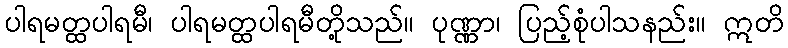
ပါရမတ္ထပါရမီ၊ ပါရမတ္ထပါရမီတို့သည်။ ပုဏ္ဏာ၊ ပြည့်စုံပါသနည်း။ ဣတိ